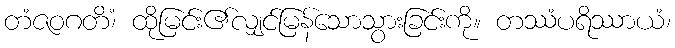
တံဇဝဂတိံ၊ ထိုမြင်း၏လျှင်မြန်သောသွားခြင်းကို။ တဿံပရိဿာယံ၊